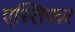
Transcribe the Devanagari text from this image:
एस्तिफर